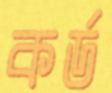
কর্ড